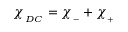
\chi _ { _ { D C } } = \chi _ { _ { - } } + \chi _ { _ { + } }